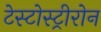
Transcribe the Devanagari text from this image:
टेस्टोस्ट्रीरोन